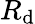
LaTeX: R_{\mathrm{d}}